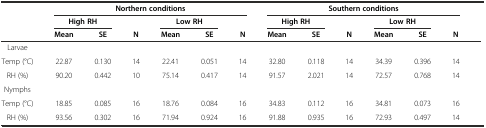
|  | <COLSPAN=6> Northern conditions | <COLSPAN=6> Southern conditions |
 |  | <COLSPAN=2> High RH |  | <COLSPAN=2> Low RH |  | <COLSPAN=2> High RH |  | <COLSPAN=2> Low RH |  |
 |  | Mean | SE | N | Mean | SE | N | Mean | SE | N | Mean | SE | N |
 | --- | --- | --- | --- | --- | --- | --- | --- | --- | --- | --- | --- | --- |
 | Larvae |  |  |  |  |  |  |  |  |  |  |  |  |
 | Temp (°C) | 22.87 | 0.130 | 14 | 22.41 | 0.051 | 14 | 32.80 | 0.118 | 14 | 34.39 | 0.396 | 14 |
 | RH (%) | 90.20 | 0.442 | 10 | 75.14 | 0.417 | 14 | 91.57 | 2.021 | 14 | 72.57 | 0.768 | 14 |
 | Nymphs |  |  |  |  |  |  |  |  |  |  |  |  |
 | Temp (°C) | 18.85 | 0.085 | 16 | 18.76 | 0.084 | 16 | 34.83 | 0.112 | 16 | 34.81 | 0.073 | 16 |
 | RH (%) | 93.56 | 0.302 | 16 | 71.94 | 0.924 | 16 | 91.88 | 0.935 | 16 | 72.93 | 0.497 | 14 |